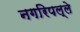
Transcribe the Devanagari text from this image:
नगरिपल्ले